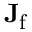
\mathbf { J } _ { \mathrm { f } }